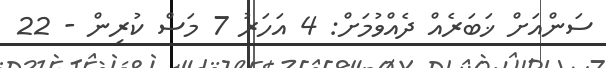
ސަންއަށް ޚަބަރެއް ދެއްވުމަށް: 4 އަހަރު 7 މަސް ކުރިން - 22